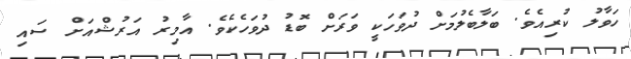
ހަވާލު ކުރިއެވެ. ބަލާބެލުމަށް ދުވަހަކީ ވަރަށް ބޮޑު ދުވަހެކެވެ. އާމިރު އަރުޝްއަށް ސައި